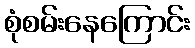
စုံစမ်းနေကြောင်း